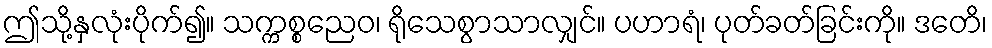
ဤသို့နှလုံးပိုက်၍။ သက္ကစ္စညေဝ၊ ရိုသေစွာသာလျှင်။ ပဟာရံ၊ ပုတ်ခတ်ခြင်းကို။ ဒတေိ၊